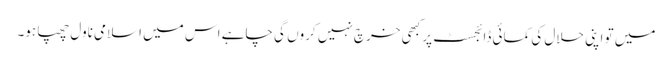
میں تو اپنی حلال کی کمائی ڈائجسٹ پر کبھی خرچ نہیں کروں گی چاہے اس میں اسلامی ناول چھپا ہو۔